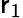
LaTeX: \mathsf{r}_{1}